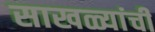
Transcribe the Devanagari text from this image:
साखळ्यांची